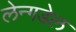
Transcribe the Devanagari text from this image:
लेन्गडेल